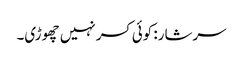
سرشار: کوئی کسر نہیں چھوڑی۔